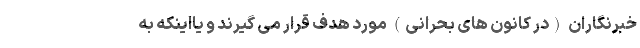
خبرنگاران (در کانون های بحرانی) مورد هدف قرار می گیرند و یااینکه به